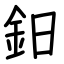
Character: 鈤